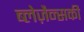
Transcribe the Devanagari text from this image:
ब्लेज़ैन्सकी